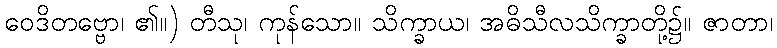
ဝေဒိတဗ္ဗော၊ ၏။) တီသု၊ ကုန်သော။ သိက္ခာယ၊ အဓိသီလသိက္ခာတို့၌။ ဇာတာ၊